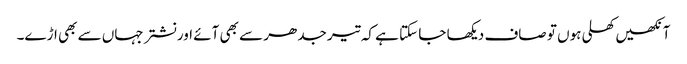
آنکھیں کھلی ہوں تو صاف دیکھا جا سکتا ہے کہ تیر جدھر سے بھی آئے اور نشتر جہاں سے بھی اڑے۔